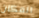
المكان